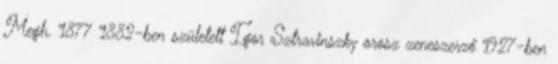
Megh. 1877 1882-ben született Igor Sztravinszky orosz zeneszerző 1927-ben